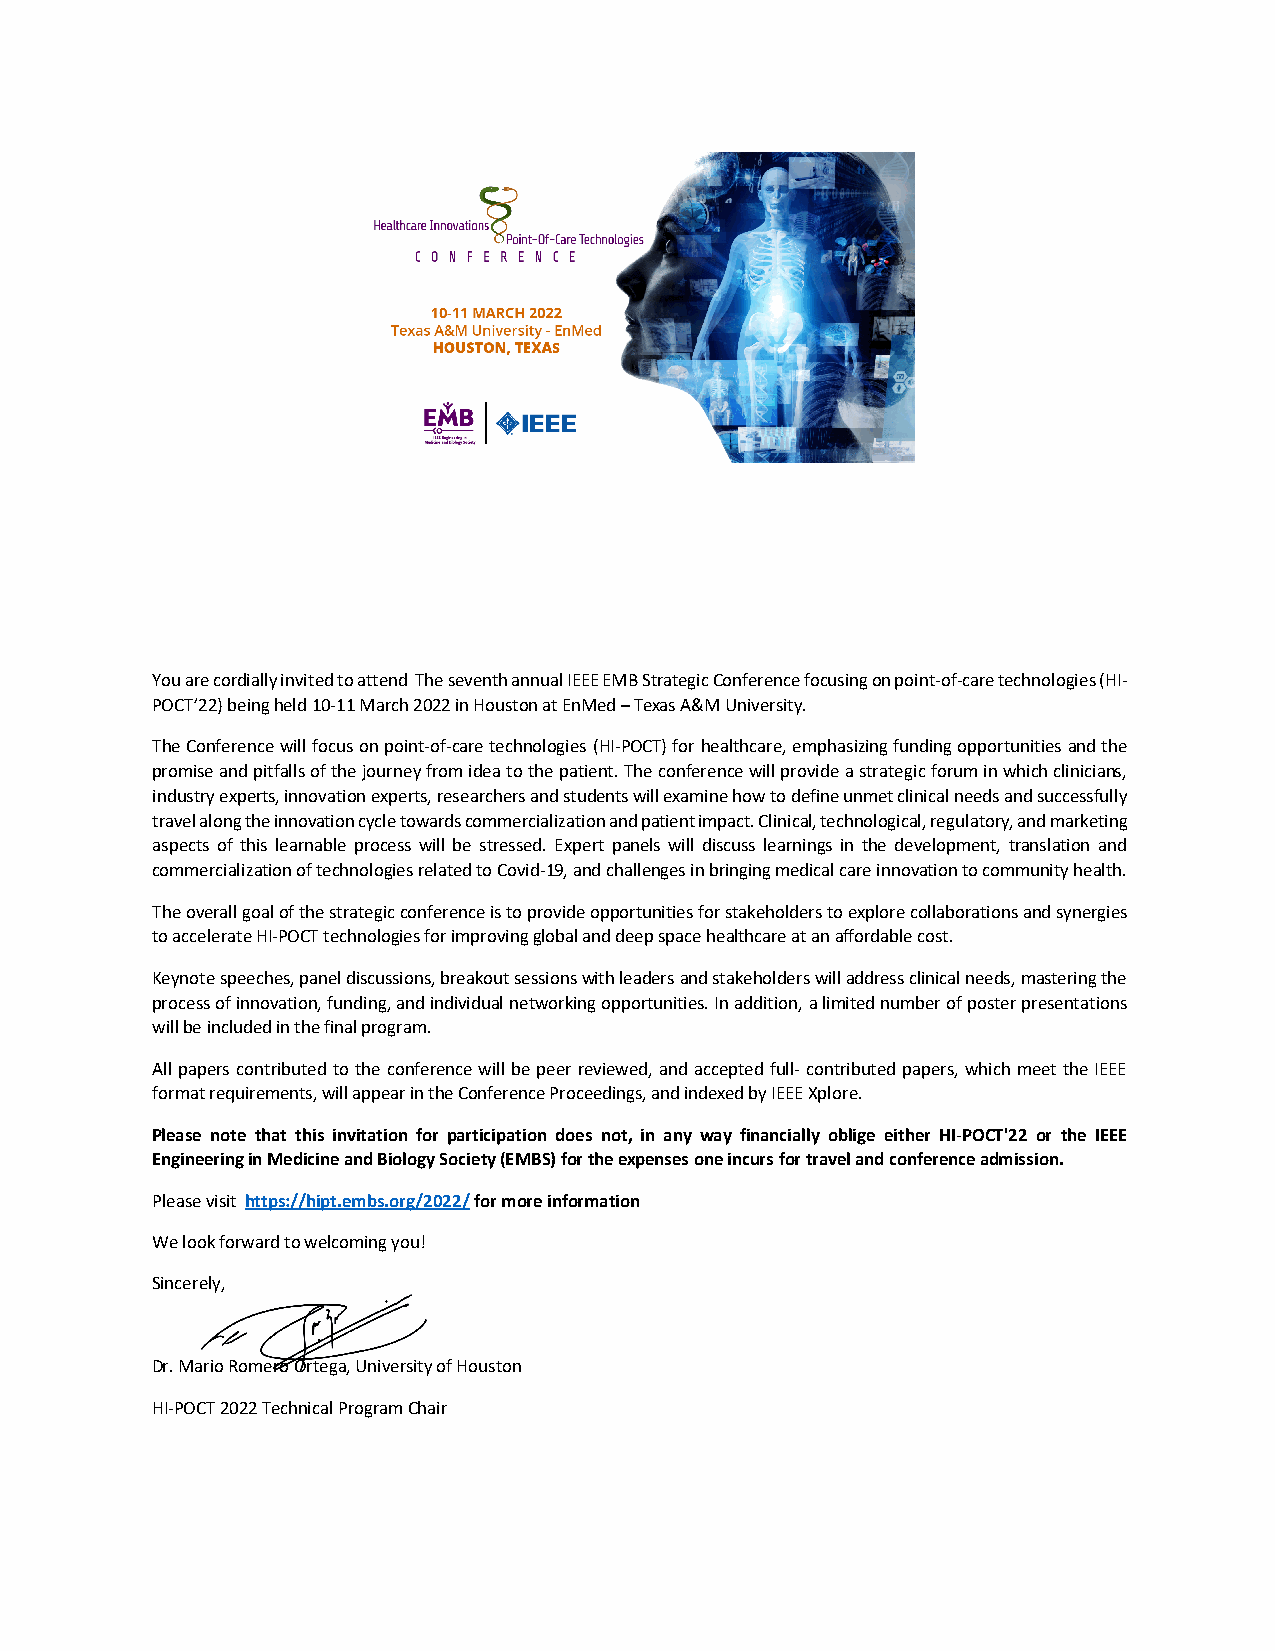
You are cordially invited to attend The seventh annual IEEE EMB Strategic Conference focusing on point-of-care technologies (HI-
 POCT’22) being held 10-11 March 2022 in Houston at EnMed – Texas A&M University.
 The Conference will focus on point-of-care technologies (HI-POCT) for healthcare, emphasizing funding opportunities and the
 promise and pitfalls of the journey from idea to the patient. The conference will provide a strategic forum in which clinicians,
 industry experts, innovation experts, researchers and students will examine how to define unmet clinical needs and successfully
 travel along the innovation cycle towards commercialization and patient impact. Clinical, technological, regulatory, and marketing
 aspects of this learnable process will be stressed. Expert panels will discuss learnings in the development, translation and
 commercialization of technologies related to Covid-19, and challenges in bringing medical care innovation to community health.
 The overall goal of the strategic conference is to provide opportunities for stakeholders to explore collaborations and synergies
 to accelerate HI-POCT technologies for improving global and deep space healthcare at an affordable cost.
 Keynote speeches, panel discussions, breakout sessions with leaders and stakeholders will address clinical needs, mastering the
 process of innovation, funding, and individual networking opportunities. In addition, a limited number of poster presentations
 will be included in the final program.
 All papers contributed to the conference will be peer reviewed, and accepted full- contributed papers, which meet the IEEE
 format requirements, will appear in the Conference Proceedings, and indexed by IEEE Xplore.
 Please note that this invitation for participation does not, in any way financially oblige either HI-POCT'22 or the IEEE
 Engineering in Medicine and Biology Society (EMBS) for the expenses one incurs for travel and conference admission.
 Please visit https://hipt.embs.org/2022/ for more information
 We look forward to welcoming you!
 Sincerely,
 Dr. Mario Romero Ortega, University of Houston
 HI-POCT 2022 Technical Program Chair